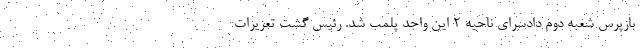
بازپرس شعبه دوم دادسرای ناحیه ۲ این واحد پلمب شد. رئیس گشت تعزیرات